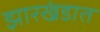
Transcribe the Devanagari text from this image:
झारखंडात